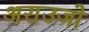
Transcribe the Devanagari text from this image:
अराउजो